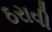
ઠરાવી